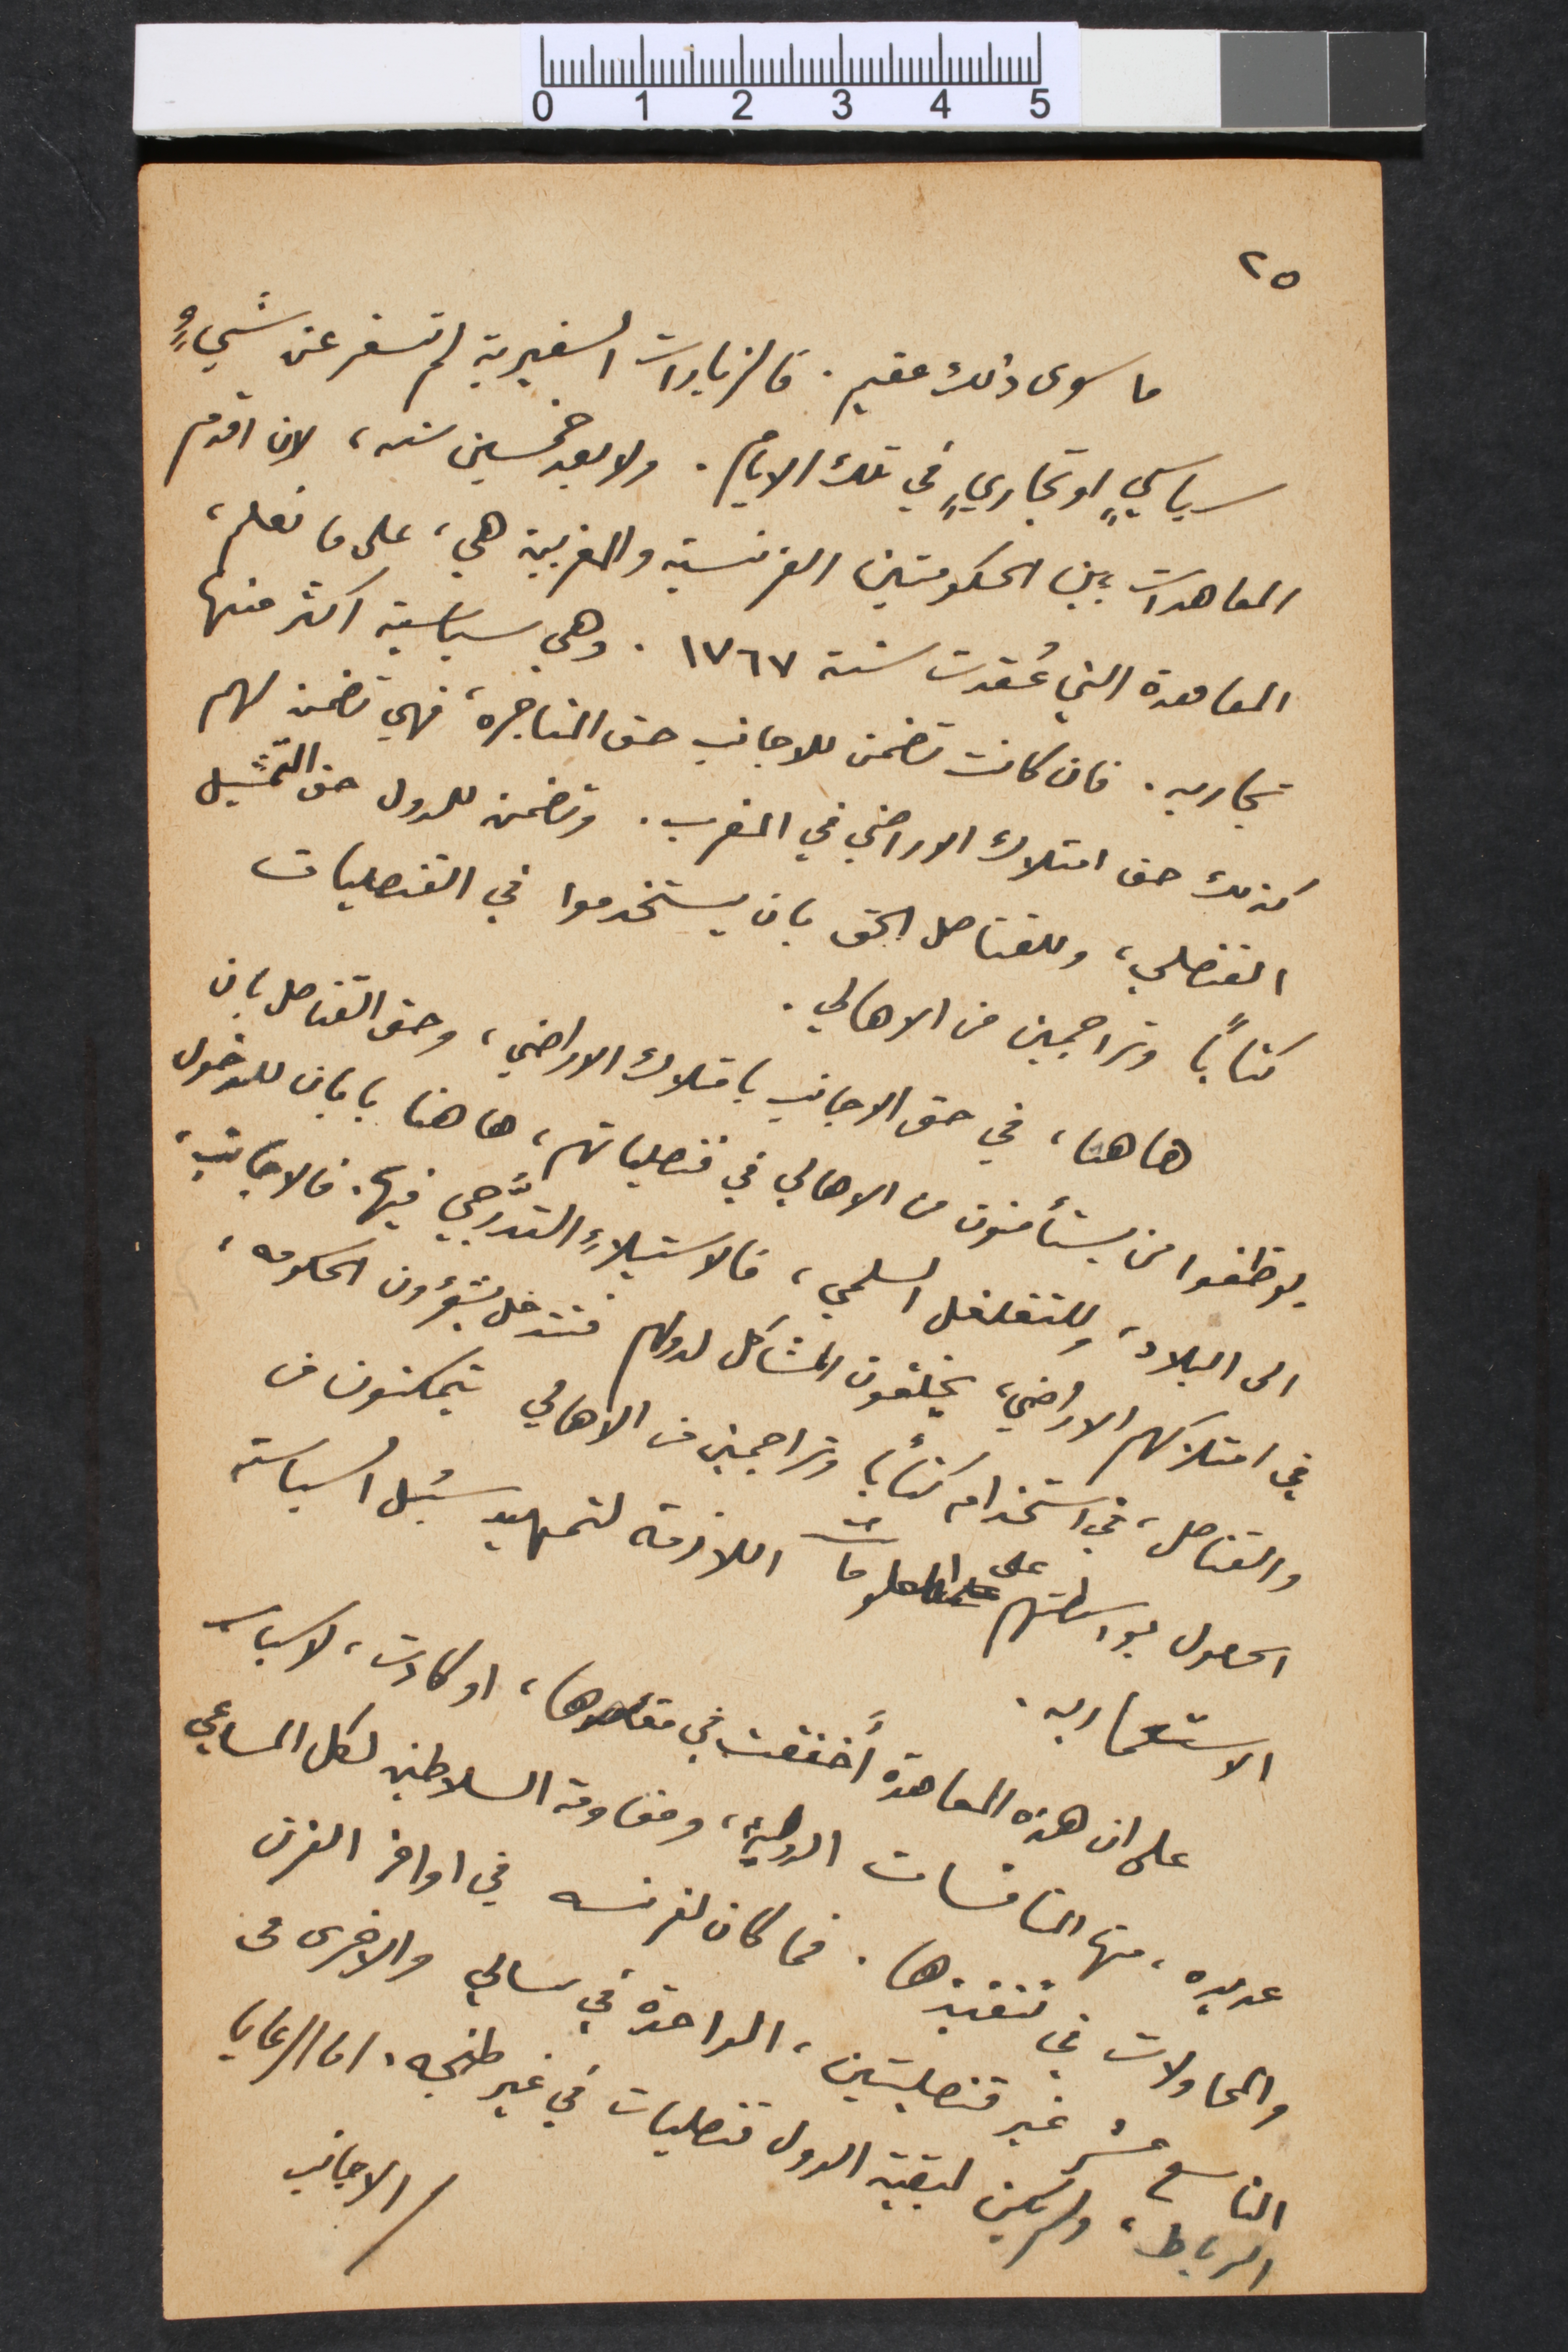
٢٥
ما سوى ذلك عقيم. فالزيارات السفيرية لم تسفر عن شيءٍ
سياسيٍ او تجاريٍ في تلك اليام. ولا بعد خمسين سنه، لان اقدم
المعاهدات بين الحكومتين الفرنسية والمغربية هي، على ما نعلم،
المعاهدة التي عُقدت سنة ١٧٦٧. وهي سياسية اكثر منها
تجاريه. فان كانت تضمن للاجانب حق المتاجره، فهي تضمن لهم
كذلك حق امتلاك الاراضي في المغرب. وتضمن للدول حق التمثيل
القنصلي، وللقناصل الحق بان يستخدموا في القنصليات
كتاباً وتراجمين من الاهالي.
هاهنا، في حق الاجانب بامتلاك الاراضي، وحق القناصل بان
يوظفوا من يستأمنون من الأهالي في قنصلياتهمِ، ها هنا بابان للدخول
الى البلاد، وللتغلغل السلمي، فالاستيلاءِ التدَّرجي فيها. فالاجانب،
في امتلاكهم الاراضي، يخلقون المشاكل لدولهم فتتدخل بشؤون الحكومه،
والقناصل، في استخدام كتاباً وتراجمين من الاهالي يتمكنون من
الحصول بواسطتهم على المعلومات اللازمة لتمهيد سُبل السياسة
الاستعماريه.
على ان هذه المعاهدة أَخفقت في مقاصدها، او كادت، لاسباب
عديده، منها المنافسات الدولية، ومقاومة السلاطين لكل المساعي
والمحاولات في تنفيذها. فما كان لفرنسه في اواخر القرن
التاسع عشر غير قنصليتين، الواحدة في سالي والاخرى فى
رالرباط، ولم يكن لبقية الدول قنصليات في غير طنجه. اما الرعايا
الاجانب